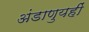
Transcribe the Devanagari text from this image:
अंडाणुयहीं